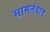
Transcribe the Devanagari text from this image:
सामतंवाद